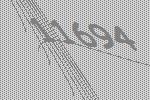
11694